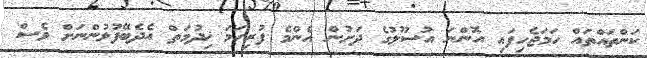
ކަންތައްތައް ހަމަޖެހިފައި އޮންނަ އުސޫލުގެ ދަށުން އެންމެ ފުރިހަމަ ޚިދުމަތް އެދެބޭފުޅުންނަށް ވެސް